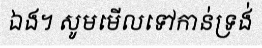
ឯង។ សូមមើលទៅកាន់ទ្រង់